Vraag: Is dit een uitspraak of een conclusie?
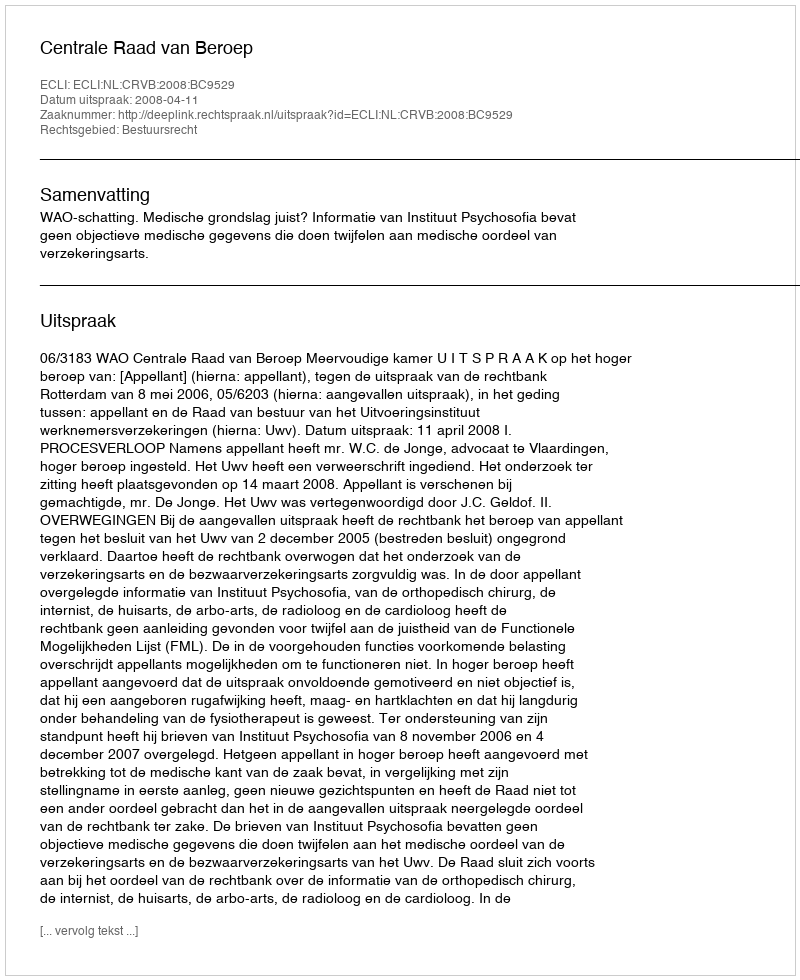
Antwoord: Uitspraak